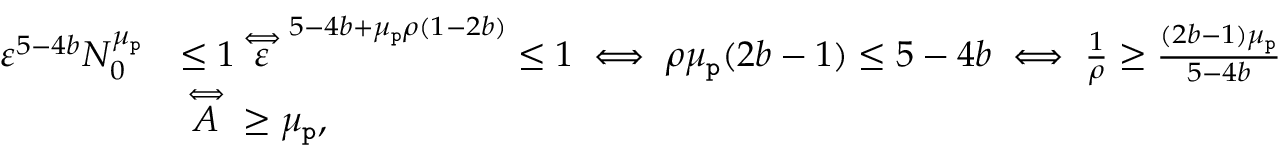
\begin{array} { r l } { \varepsilon ^ { 5 - 4 b } N _ { 0 } ^ { \mu _ { \mathtt { p } } } } & { \le 1 \overset \iff \varepsilon ^ { 5 - 4 b + \mu _ { \mathtt { p } } \rho ( 1 - 2 b ) } \le 1 \iff \rho \mu _ { \mathtt { p } } ( 2 b - 1 ) \le 5 - 4 b \iff \frac { 1 } { \rho } \ge \frac { ( 2 b - 1 ) \mu _ { \mathtt { p } } } { 5 - 4 b } } \\ & { \overset \iff A \ge \mu _ { \mathtt { p } } , } \end{array}